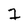
Character: 7